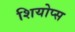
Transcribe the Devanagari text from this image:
शियोप्‍स